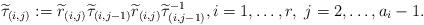
LaTeX: \begin{align*}\widetilde{\tau}_{(i,j)}:=\widetilde{r}_{{(i,j)}}\widetilde{\tau}_{(i,j-1)}\widetilde{r}_{{(i,j)}}\widetilde{\tau}_{(i,j-1)}^{-1},i=1,\dots, r,\ j=2,\dots, a_i-1.\end{align*}